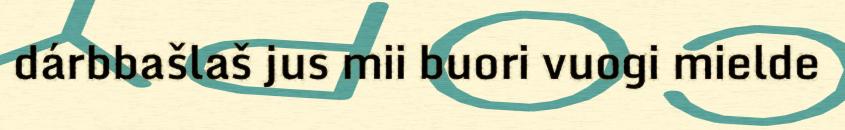
dárbbašlaš jus mii buori vuogi mielde